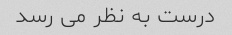
درست به نظر می رسد